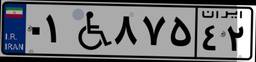
۷۴W۱۹۶۴۸